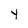
Character: Y